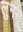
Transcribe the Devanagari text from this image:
लुनसू